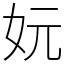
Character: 妧